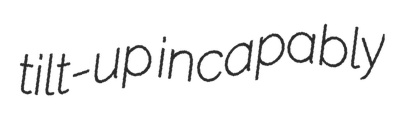
tilt-up incapably